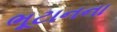
ભૂટાનના